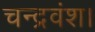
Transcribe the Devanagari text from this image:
चन्द्रवंश।